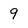
Character: 9